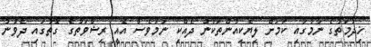
ޚިދުމަތުގެ ނަމުގައި ކަމަށް ލިޔެކިއުންތަކުން ދެއްކި ނަމަވެސް އެއީ ރިޝްވަތުގެ ގޮތުގައި ދެވުނު